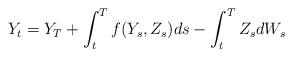
LaTeX: \begin{align*} Y_t = Y_T + \int_t^T f(Y_s,Z_s) ds - \int_{t}^T Z_s dW_s \end{align*}